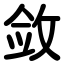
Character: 敛